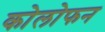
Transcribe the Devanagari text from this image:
कोलोफन